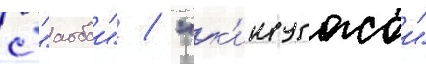
с "аобои" / "к'инугасои"